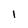
Character: i